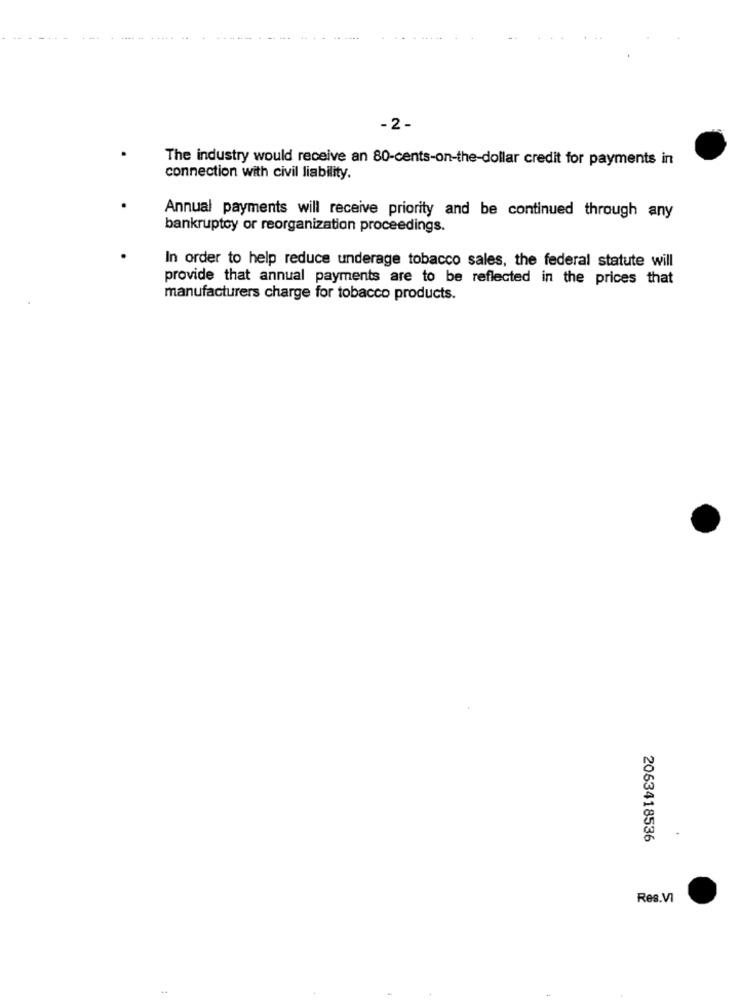
-2-
The industry would receive an 80-cents-on-the-dollar credit for payments in
connection with civil liability.
Annual payments will receive priority and be continued through any
bankruptcy or reorganization proceedings.
In order to help reduce underage tobacco sales, the federal statute will
provide that annual payments are to be reflected in the prices that
manufacturers charge for tobacco products.
2063418536
Res.VI